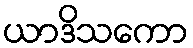
ယာဒိသကော